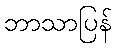
ဘာသာပြန်